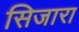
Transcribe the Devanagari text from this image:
सिजारा